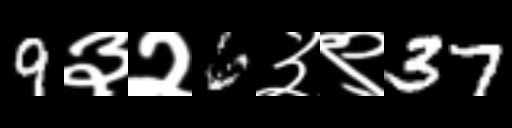
Text: 9३२6३९37